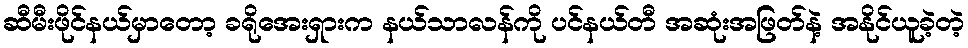
ဆီမီးဖိုင်နယ်မှာတော့ ခရိုအေးရှားက နယ်သာလန်ကို ပင်နယ်တီ အဆုံးအဖြတ်နဲ့ အနိုင်ယူခဲ့တဲ့